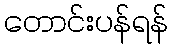
တောင်းပန်ရန်